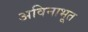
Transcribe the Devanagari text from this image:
अविनाभूत